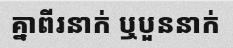
គ្នាពីរនាក់ ឬបួននាក់